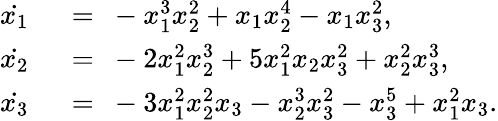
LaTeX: \begin{array}{rl}{\dot{x_{1}}}&{\ =\ -x_{1}^{3}x_{2}^{2}+x_{1}x_{2}^{4}-x_{1}x_{3}^{2},}\\ {\dot{x_{2}}}&{\ =\ -2x_{1}^{2}x_{2}^{3}+5x_{1}^{2}x_{2}x_{3}^{2}+x_{2}^{2}x_{3}^{3},}\\ {\dot{x_{3}}}&{\ =\ -3x_{1}^{2}x_{2}^{2}x_{3}-x_{2}^{3}x_{3}^{2}-x_{3}^{5}+x_{1}^{2}x_{3}.}\end{array}